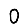
Digit: 0